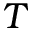
T